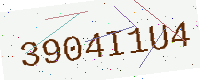
Text: 3904I1U4